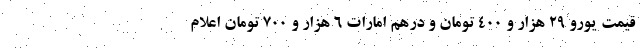
قیمت یورو 29 هزار و 400 تومان و درهم امارات 6 هزار و 700 تومان اعلام